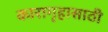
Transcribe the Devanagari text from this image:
कारागृहासाठी